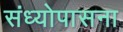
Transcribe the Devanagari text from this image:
संध्योपासना